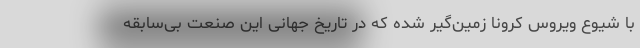
با شیوع ویروس کرونا زمین‌گیر شده که در تاریخ جهانی این صنعت بی‌سابقه